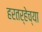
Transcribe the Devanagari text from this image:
हरतर्‍हेच्या